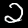
Label: 2